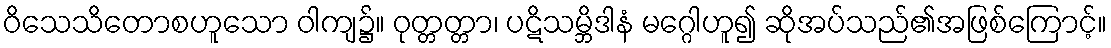
ဝိသေသိတောစဟူသော ဝါကျ၌။ ဝုတ္တတ္တာ၊ ပဋိသမ္ဘိဒါနံ မဂ္ဂေါဟူ၍ ဆိုအပ်သည်၏အဖြစ်ကြောင့်။